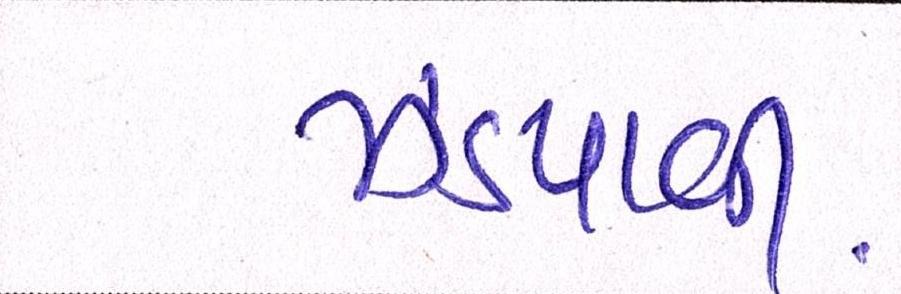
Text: ઝડપાવી